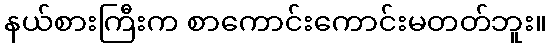
နယ်စားကြီးက စာကောင်းကောင်းမတတ်ဘူး။